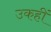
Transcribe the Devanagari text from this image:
उकहीं